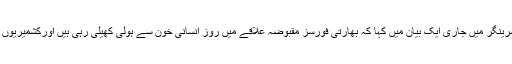
کشمیر میڈیاسروس کے مطابق فورم کے ترجمان نے سرینگر میں جاری ایک بیان میں کہا کہ بھارتی فورسز مقبوضہ علاقے میں روز انسانی خون سے ہولی کھیلی رہی ہیں اورکشمیریوں کو شدید قسم کے مصائب اور تشدد کا شکار بنارہی ہیں۔